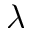
\lambda